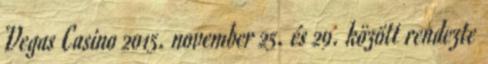
Vegas Casino 2015. november 25. és 29. között rendezte